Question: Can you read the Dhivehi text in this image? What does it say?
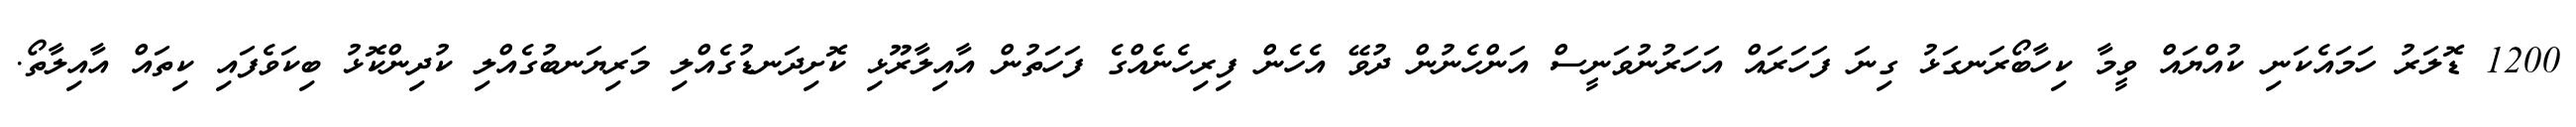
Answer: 1200 ޑޮލަރު ހަމައެކަނި ކުއްޔައް ވީމާ ކިހާބޯރަނގަޅު ގިނަ ފަހަރައް އަހަރުނުވަނީސް އަންހެނުން ދުވޭ އެހެން ފިރިހެނެއްގެ ފަހަތުން އާއިލާރޫޅި ކޮށިދަނޑުގެއްލި މަރިޔަނބުގެއްލި ކުދިންކޮޅު ބިކަވެފައި ކިތައް އާއިލާތޯ.